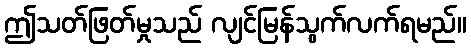
ဤသတ်ဖြတ်မှုသည် လျင်မြန်သွက်လက်ရမည်။